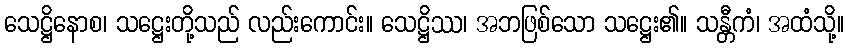
သေဋ္ဌိနောစ၊ သဋ္ဌေးတို့သည် လည်းကောင်း။ သေဋ္ဌိဿ၊ အဘဖြစ်သော သဋ္ဌေး၏။ သန္တီကံ၊ အထံသို့။